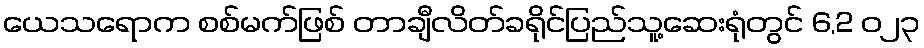
ယေသရောက စစ်မက်ဖြစ် တာချီလိတ်ခရိုင်ပြည်သူ့ဆေးရုံတွင် 6,2 ၀၂၃